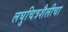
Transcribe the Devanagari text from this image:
लघुचित्रशैलीचा